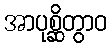
အာပုစ္ဆိတွာဝ